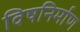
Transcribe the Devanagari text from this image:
विषनिर्माण